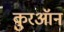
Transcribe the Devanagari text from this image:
कुरऑन